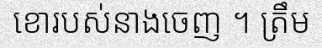
ខោរបស់នាងចេញ ។ ត្រឹម